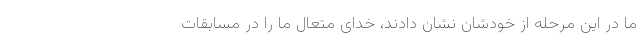
ما در این مرحله از خودشان نشان دادند، خدای متعال ما را در مسابقات